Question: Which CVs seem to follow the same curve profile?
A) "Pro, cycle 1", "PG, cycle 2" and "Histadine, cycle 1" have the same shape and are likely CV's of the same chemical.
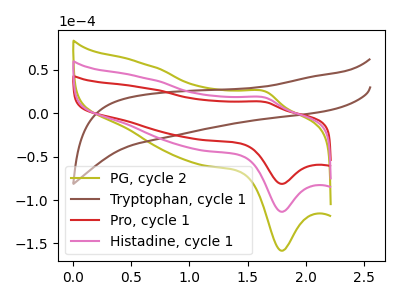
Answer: <think>The olive curve "PG, cycle 2" has an anodic peak at (1.65V, 35.50uA) and a cathodic peak at (1.80V, -227.20uA). The brown curve "Tryptophan, cycle 1" has no peaks. The red curve "Pro, cycle 1" has an anodic peak at (1.65V, 12.75uA) and a cathodic peak at (1.80V, -81.40uA). The pink curve "Histadine, cycle 1" has an anodic peak at (1.65V, 17.75uA) and a cathodic peak at (1.80V, -113.60uA).
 "PG, cycle 2" and "Tryptophan, cycle 1" have a different number of peaks. All the peaks in "PG, cycle 2" have a peak in "Pro, cycle 1" at the same potential. Every peak in "PG, cycle 2" is higher than every peak in "Pro, cycle 1". All the peaks in "PG, cycle 2" have a peak in "Histadine, cycle 1" at the same potential. Every peak in "PG, cycle 2" is higher than every peak in "Histadine, cycle 1". "Tryptophan, cycle 1" and "Pro, cycle 1" have a different number of peaks. "Tryptophan, cycle 1" and "Histadine, cycle 1" have a different number of peaks. All the peaks in "Pro, cycle 1" have a peak in "Histadine, cycle 1" at the same potential. Every peak in "Pro, cycle 1" is lower than every peak in "Histadine, cycle 1".</think>
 <answer>A) "Pro, cycle 1", "PG, cycle 2" and "Histadine, cycle 1" have the same shape and are likely CV's of the same chemical.</answer>
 <eval>A</eval>